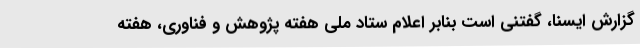
گزارش ایسنا، گفتنی است بنابر اعلام ستاد ملی هفته پژوهش و فناوری، هفته